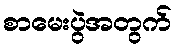
စာမေးပွဲအတွက်